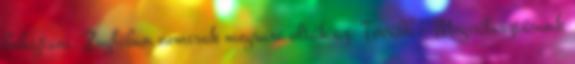
behajtani. Zuglóban nemcsak megsarc olták az. Tovább › ›Megválasztásunk